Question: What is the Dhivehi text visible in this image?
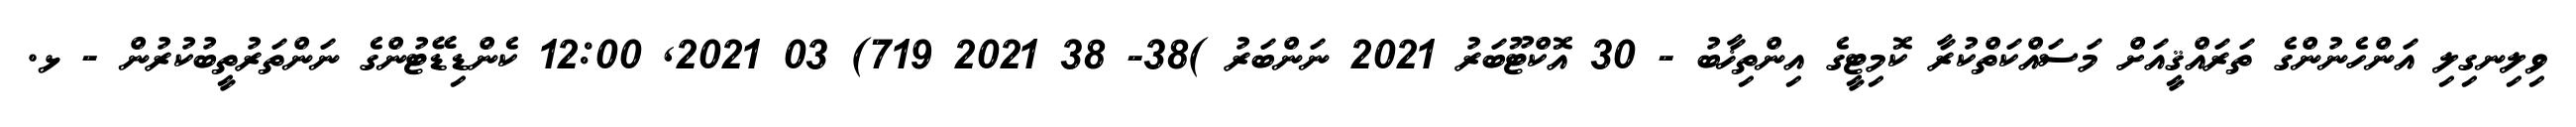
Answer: ވިލިނގިލި އަންހެނުންގެ ތަރައްޤީއަށް މަސައްކަތްކުރާ ކޮމިޓީގެ އިންތިޚާބު - 30 އޮކްޓޫބަރު 2021 ނަންބަރު )38- 38 2021 719) 03 2021, 12:00 ކެންޑިޑޭޓުންގެ ނަންތަރުތީބުކުރުން - ޅ.